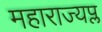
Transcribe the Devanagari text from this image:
महाराज्यप्ल